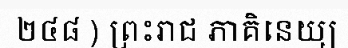
២៤៨ ) ព្រះរាជ ភាគិនេយ្យ